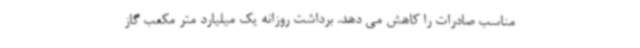
مناسب صادرات را کاهش می دهد. برداشت روزانه یک میلیارد متر مکعب گاز